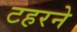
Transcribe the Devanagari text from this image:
टहरने